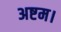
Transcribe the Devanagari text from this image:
अष्टम।